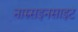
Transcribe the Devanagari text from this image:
नारुसइनसाइट